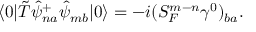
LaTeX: \langle 0 | \tilde { T } \hat { \psi } _ { n a } ^ { + } \hat { \psi } _ { m b } | 0 \rangle = - i ( S _ { F \; } ^ { m - n } \gamma ^ { 0 } ) _ { b a } .